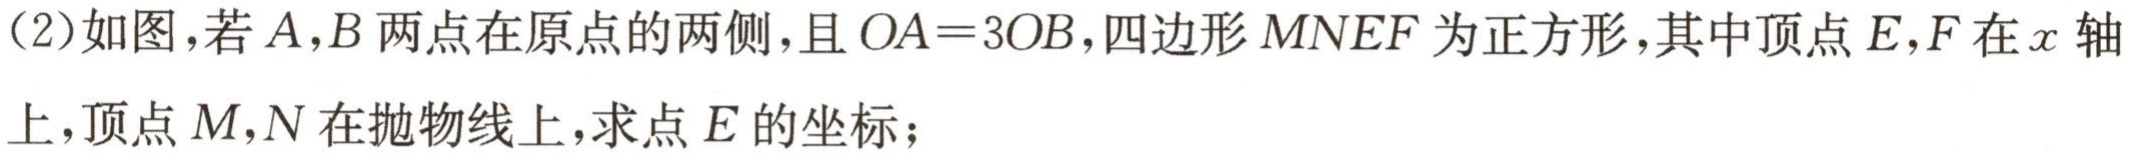
(2)如图，若\(A,B\)两点在原点的两侧，且\(OA = 3OB\)，四边形\(MNEF\)为正方形，其中顶点\(E,F\)在\(x\)轴

上，顶点\(M,N\)在抛物线上，求点\(E\)的坐标；